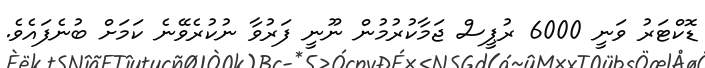
ޑޮކްޓަރު ވަނީ 6000 ރުޕީސް ޖަމާކުރުމުން ނޫނީ ފަރުވާ ނުކުރެވޭނެ ކަމަށް ބުނެފައެވެ.